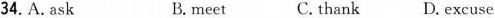
34.A.ask B. meet C.thank D.excuse